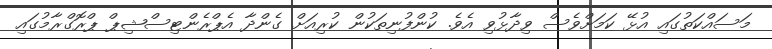
މަސައްކަތުގައި އުޅޭ ކަމަށްވެސް ވިދާޅުވި އެވެ. ކުންފުނިތަކުން ކުރިއަށް ގެންދާ އެޕްރެންޓިސްޝިޕް ޕްރޮގްރާމުގައި